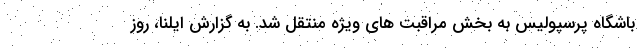
باشگاه پرسپولیس به بخش مراقبت های ویژه منتقل شد. به گزارش ایلنا، روز